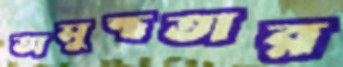
অসুস্থতার